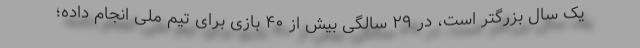
یک سال بزرگتر است، در ۲۹ سالگی بیش از ۴۰ بازی برای تیم ملی انجام داده؛